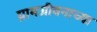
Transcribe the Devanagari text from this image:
ग्रामजीवनाच्या